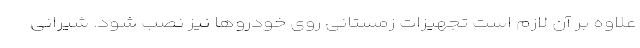
علاوه بر آن لازم است تجهیزات زمستانی روی خودرو‌ها نیز نصب شود. شیرانی